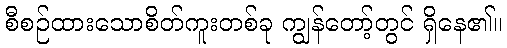
စီစဉ်ထားသောစိတ်ကူးတစ်ခု ကျွန်တော့်တွင် ရှိနေ၏။